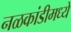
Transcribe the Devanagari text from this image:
नळकांडीमध्ये